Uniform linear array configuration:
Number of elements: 8
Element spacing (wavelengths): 0.25
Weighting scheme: hamming
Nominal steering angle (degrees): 0
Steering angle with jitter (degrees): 1.71
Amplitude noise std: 0.05
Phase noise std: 0.05

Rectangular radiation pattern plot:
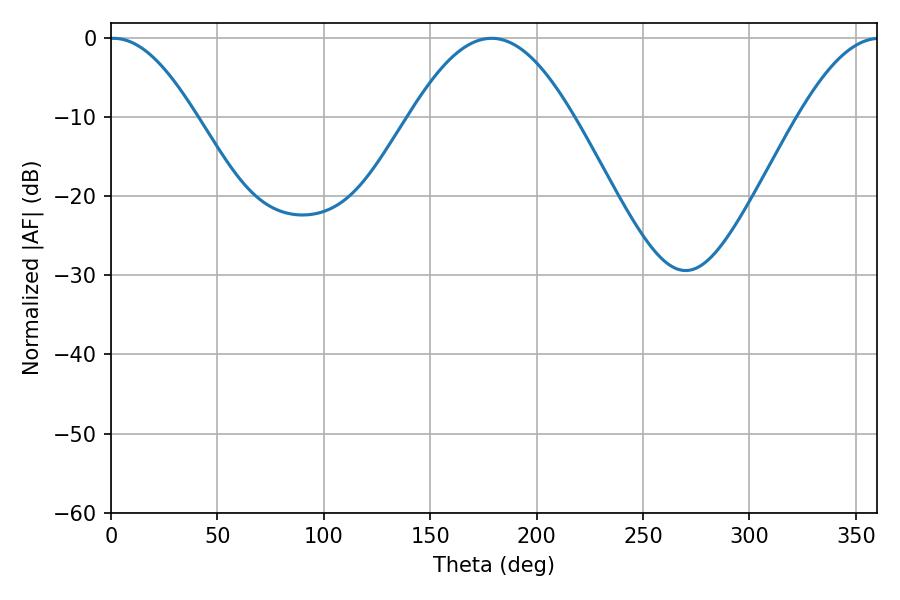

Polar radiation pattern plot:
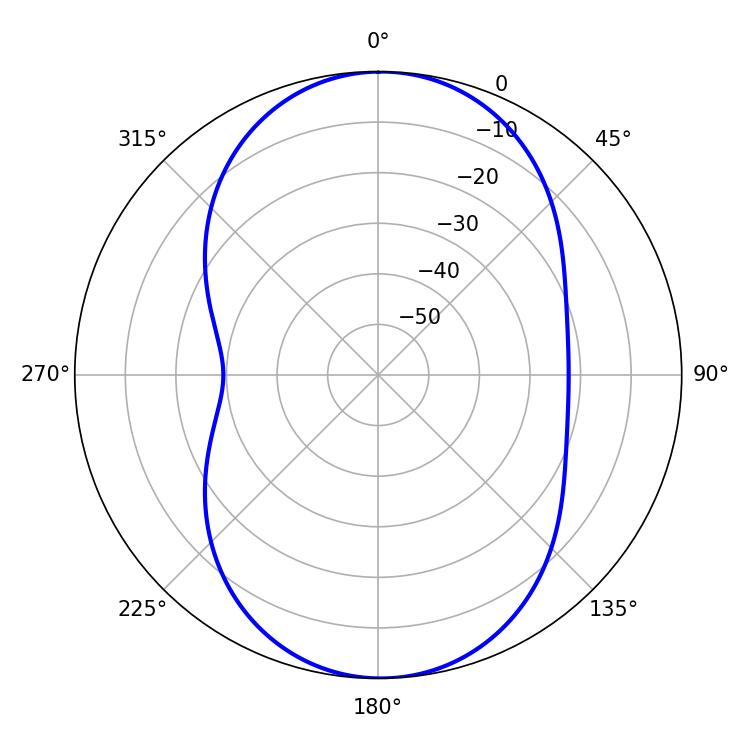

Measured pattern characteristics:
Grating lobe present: FALSE
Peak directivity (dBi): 16.779
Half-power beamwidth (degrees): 21.96
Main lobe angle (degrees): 1.26